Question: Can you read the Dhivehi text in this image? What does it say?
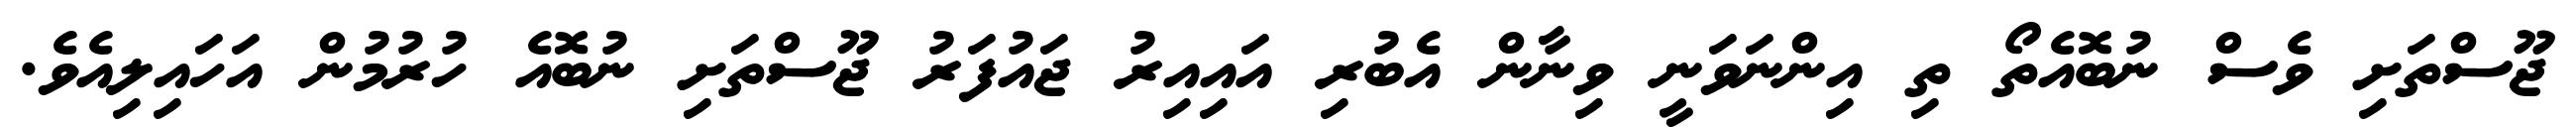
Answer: ޖޫސްތަށި ވެސް ނުބޮއެތޯ ތި އިންނަވަނީ ވިނާން އެބުރި އައިއިރު ޖައުފަރު ޖޫސްތަށި ނުބޮއެ ހުރުމުން އަހައިލިއެވެ.